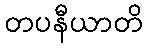
တပနီယာတိ